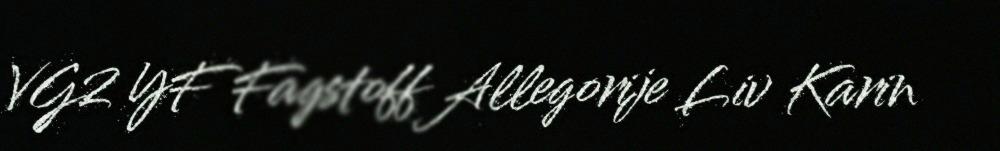
VG2 YF Fagstoff Allegorije Liv Karin